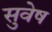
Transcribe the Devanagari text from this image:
सुवेष